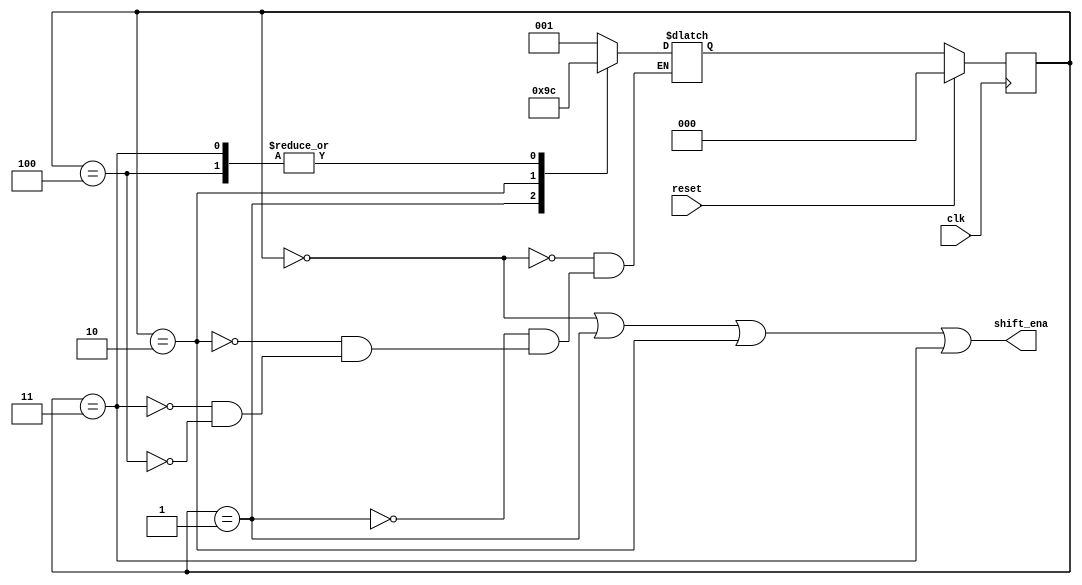
module top_module (
    input clk,
    input reset,      // Synchronous reset
    output shift_ena);

    parameter A = 0, B = 1, C = 2, D = 3, E = 4;
    reg [2:0] next_state, state;
    
    always @(*) begin
        case (state)
            A: next_state = B;
            B: next_state = C;
            C: next_state = D;
            D: next_state = E;
            E: next_state = E;
        endcase
    end
    always @(posedge clk) begin
        if (reset) begin
           state <= A; 
        end else begin
           state <= next_state; 
        end
    end
    assign shift_ena = (state == A)||(state == B)||(state == C)||(state == D);
    
endmodule